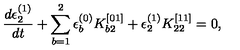
\frac { d \epsilon _ { 2 } ^ { ( 1 ) } } { d t } + \sum _ { b = 1 } ^ { 2 } \epsilon _ { b } ^ { ( 0 ) } K _ { b 2 } ^ { [ 0 1 ] } + \epsilon _ { 2 } ^ { ( 1 ) } K _ { 2 2 } ^ { [ 1 1 ] } = 0 ,